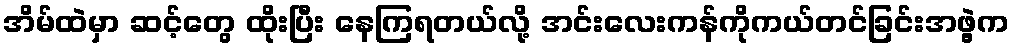
အိမ်ထဲမှာ ဆင့်တွေ ထိုးပြီး နေကြရတယ်လို့ အင်းလေးကန်ကိုကယ်တင်ခြင်းအဖွဲ့က